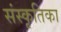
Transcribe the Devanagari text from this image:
संस्कृतिका